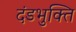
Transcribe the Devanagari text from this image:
दंडभुक्ति